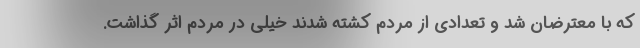
که با معترضان شد و تعدادی از مردم کشته شدند خیلی در مردم اثر گذاشت.